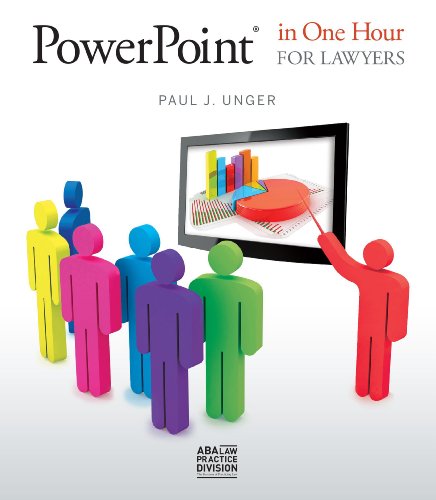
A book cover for PowerPointÂ® in One Hour for Lawyers; Paul J. Unger; Computers & Technology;